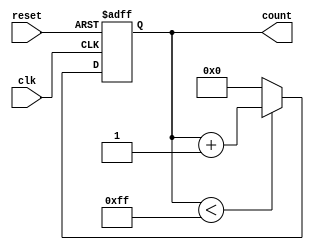
module memory_blocks_up_counter #(
    parameter BIT_WIDTH = 8,          // Number of bits for the count output
    parameter INITIAL_VALUE = 0,      // Initial value for the counter
    parameter MAX_COUNT_VALUE = 255    // Maximum count value before wrapping
)(
    input wire clk,                   // Clock input
    input wire reset,                 // Asynchronous reset input
    output reg [BIT_WIDTH-1:0] count  // Count output in binary format
);

// Asynchronous reset and counting logic
always @(posedge clk or posedge reset) begin
    if (reset) begin
        // Reset to the initial value
        count <= INITIAL_VALUE;
    end else begin
        // Increment the counter
        if (count < MAX_COUNT_VALUE) begin
            count <= count + 1;
        end else begin
            // If max count is reached, reset to the initial value
            count <= INITIAL_VALUE;
        end
    end
end

endmodule